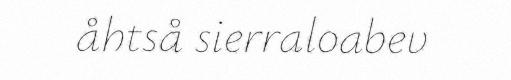
åhtså sierraloabev